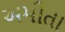
અમીતા